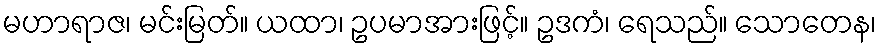
မဟာရာဇ၊ မင်းမြတ်။ ယထာ၊ ဥပမာအားဖြင့်။ ဥဒကံ၊ ရေသည်။ သောတေန၊